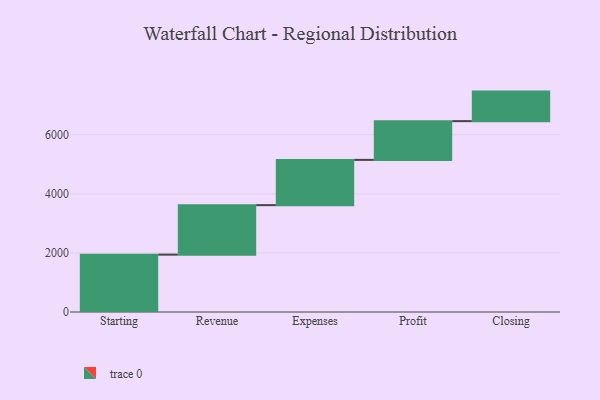
{"axis": {"x": "Step", "y": "Value"}, "legend": [""], "data": [{"x": "Starting", "y": 1942.0, "type": ""}, {"x": "Revenue", "y": 1675.0, "type": ""}, {"x": "Expenses", "y": 1532.0, "type": ""}, {"x": "Profit", "y": 1311.0, "type": ""}, {"x": "Closing", "y": 1000, "type": ""}]}